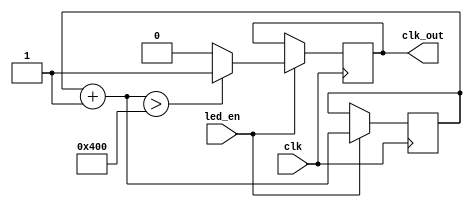
`timescale 1ns / 1ps
//////////////////////////////////////////////////////////////////////////////////
// Company: 
// Engineer: 
// 
// Design Name: 
// Module Name:    clkdivled 
// Project Name: 
// Target Devices: 
// Tool versions: 
// Description: 
//
// Dependencies: 
//
// Revision: 
// Revision 0.01 - File Created
// Additional Comments: 
//
//////////////////////////////////////////////////////////////////////////////////
module clkdivled(input clk,led_en,
    output reg clk_out
    
    );

reg [10:0] count;

always@(posedge clk)

begin
if(led_en)begin
		count = count + 1'b1;
		if(count >11'b10000000000)
			clk_out = 1;
		else
		   clk_out = 0;
			
end
end

endmodule